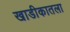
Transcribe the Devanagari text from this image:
खाडीकातला